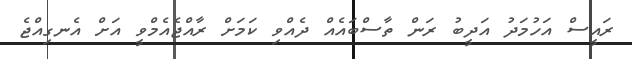
ރައީސް އަހުމަދު އަދީބު ރަން ތާސްބައެއް ދެއްވި ކަމަށް ރާއްޖެއެމްވީ އަށް އެނގިއްޖެ